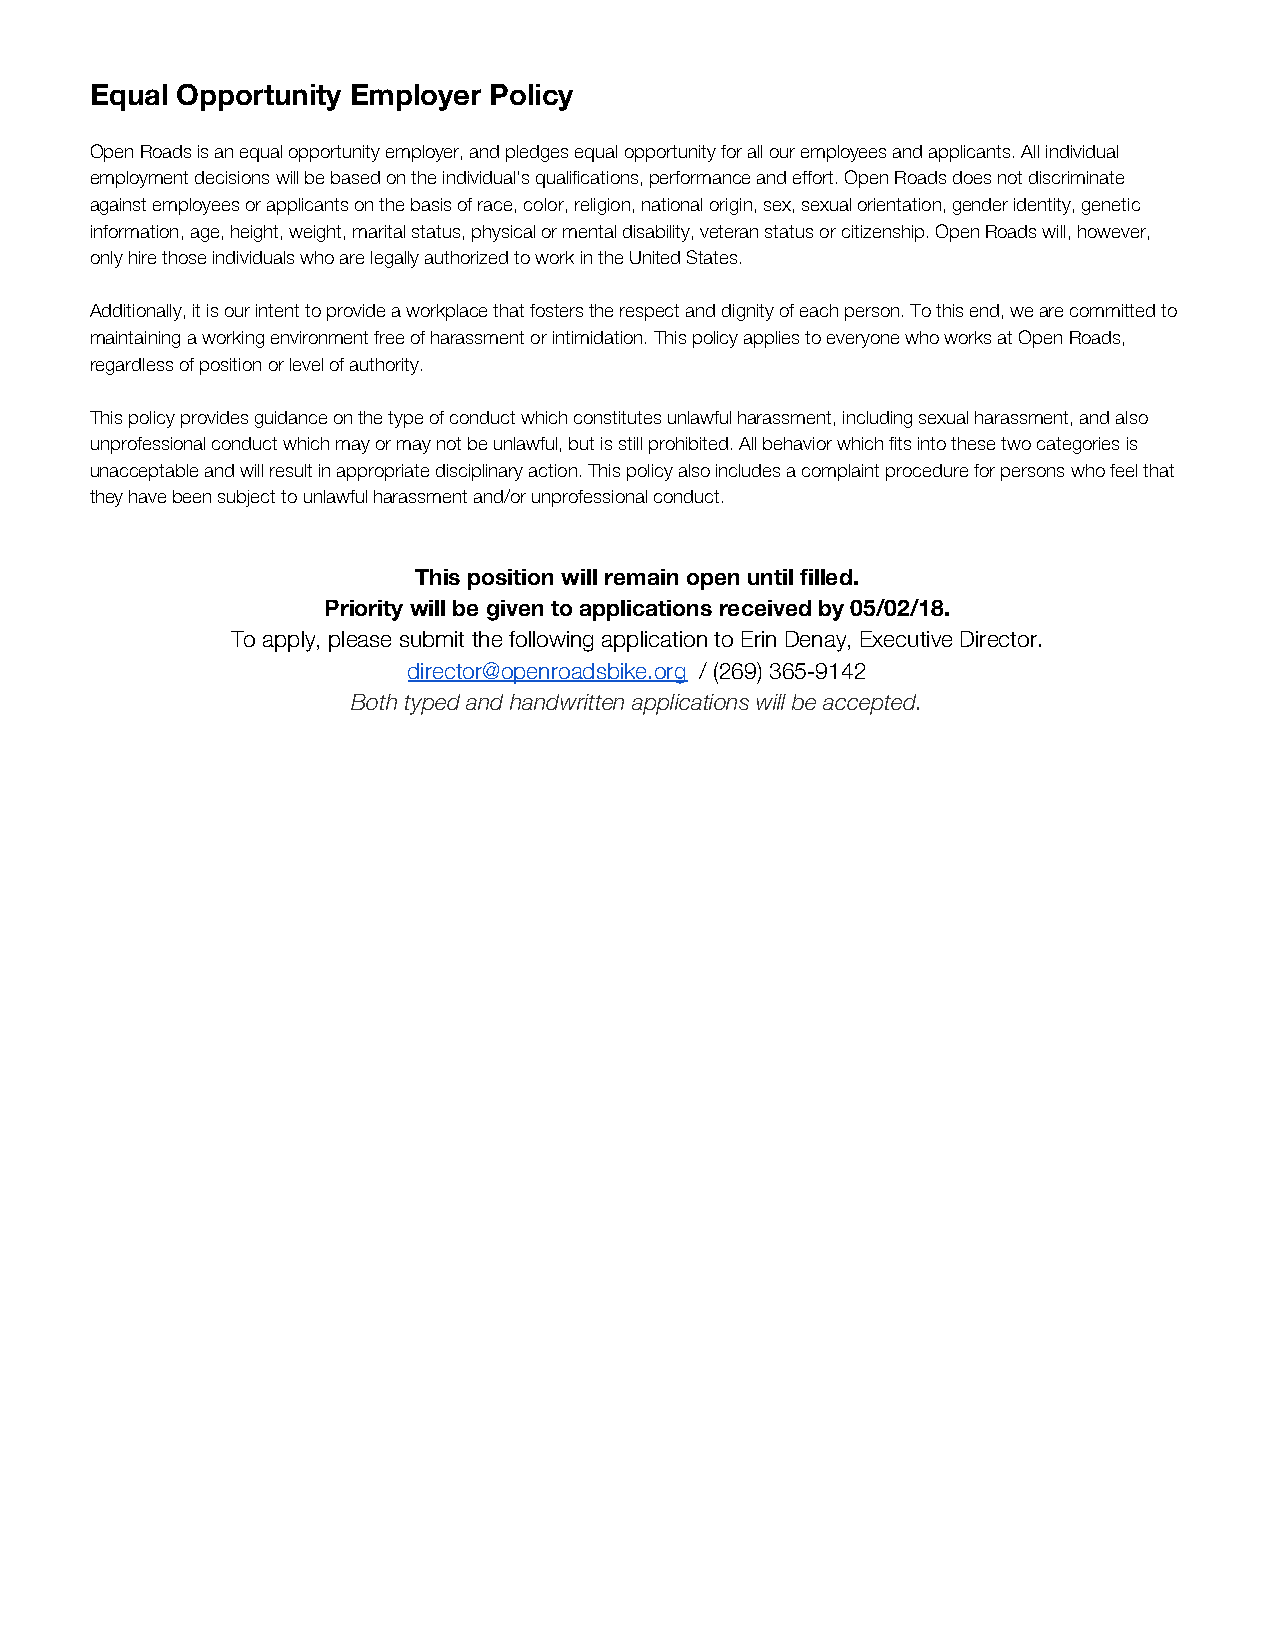
Equal Opportunity Employer Policy
 Open Roads is an equal opportunity employer, and pledges equal opportunity for all our employees and applicants. All individual
 employment decisions will be based on the individual’s qualifications, performance and effort. Open Roads does not discriminate
 against employees or applicants on the basis of race, color, religion, national origin, sex, sexual orientation, gender identity, genetic
 information, age, height, weight, marital status, physical or mental disability, veteran status or citizenship. Open Roads will, however,
 only hire those individuals who are legally authorized to work in the United States.
 Additionally, it is our intent to provide a workplace that fosters the respect and dignity of each person. To this end, we are committed to
 maintaining a working environment free of harassment or intimidation. This policy applies to everyone who works at Open Roads,
 regardless of position or level of authority.
 This policy provides guidance on the type of conduct which constitutes unlawful harassment, including sexual harassment, and also
 unprofessional conduct which may or may not be unlawful, but is still prohibited. All behavior which fits into these two categories is
 unacceptable and will result in appropriate disciplinary action. This policy also includes a complaint procedure for persons who feel that
 they have been subject to unlawful harassment and/or unprofessional conduct.
 This position will remain open until filled.
 Priority will be given to applications received by 05/02/18.
 To apply, please submit the following application to Erin Denay, Executive Director.
 director@openroadsbike.org / (269) 365-9142
 ​
 Both typed and handwritten applications will be accepted.